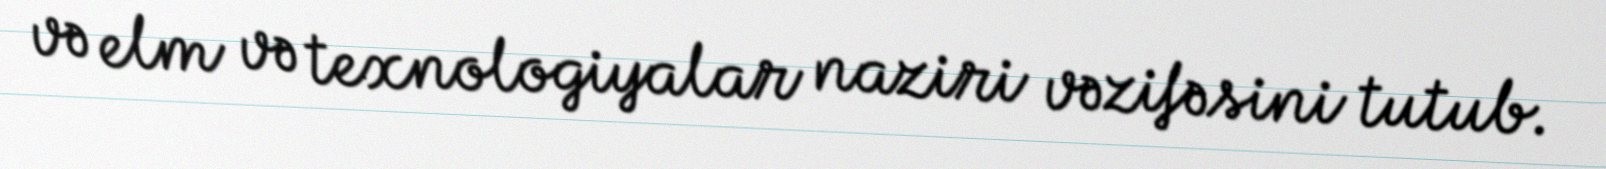
və elm və texnologiyalar naziri vəzifəsini tutub.